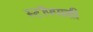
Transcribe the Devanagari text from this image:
स्टॉपपाशी